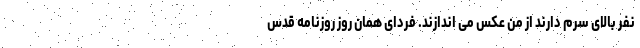
نفر بالای سرم دارند از من عکس می اندازند. فردای همان روز روزنامه قدس